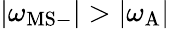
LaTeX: |\omega_{\mathrm{MS}-}|>|\omega_{\mathrm{A}}|